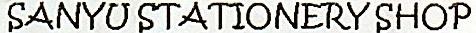
SANYU STATIONERY SHOP